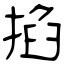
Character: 掐